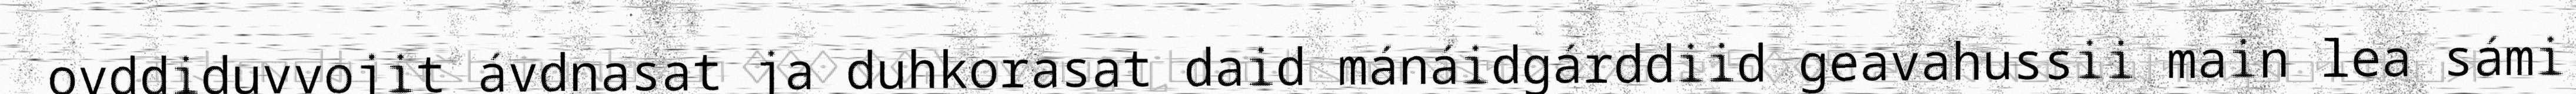
ovddiduvvojit ávdnasat ja duhkorasat daid mánáidgárddiid geavahussii main lea sámi